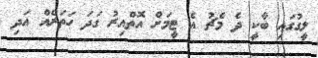
ލީގުގައި ބާކީ ދެ މެޗު އެ ޓީމަށް އޮތްއިރު ގަދަ ހަތަރެއް އަދި